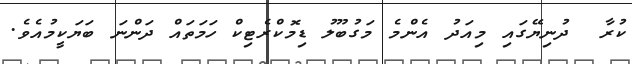
ކުރާ  ދުނިޔޭގައި މިއަަދު އެންމެ މަގުބޫލު ޑިމޮކްރެޓިކް ހަމަތައް ދަންނަ ބަޔަކީމުއެވެ.